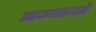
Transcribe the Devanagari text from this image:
सञ्जायते